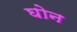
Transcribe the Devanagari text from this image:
घोन